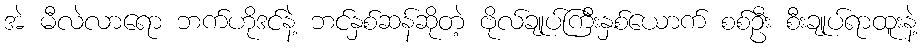
အဲ မီလဲလာရော ဘက်ဟိုဒင်နဲ့ ဘင်နှစ်ဆန်ဆိုတဲ့ ဗိုလ်ချုပ်ကြီးနှစ်ယောက် စစ်ဦး စီးချုပ်ရာထူးနဲ့